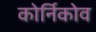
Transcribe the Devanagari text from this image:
कोर्निकोव